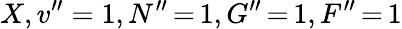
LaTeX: X,v^{\prime\prime}=1,N^{\prime\prime}\, {=}\, 1,G^{\prime\prime}\, {=}\, 1,F^{\prime\prime}\, {=}\, 1